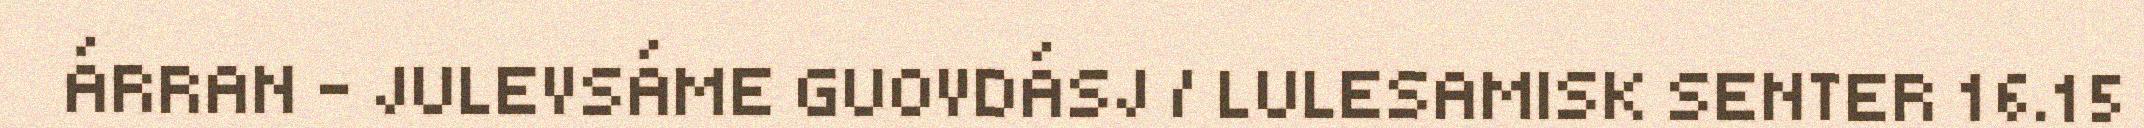
ÁRRAN - JULEVSÁME GUOVDÁSJ / LULESAMISK SENTER 16.15